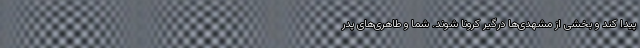
پیدا کند و بخشی از مشهدی‌ها درگیر کرونا شوند. شما و طاهری‌های پدر